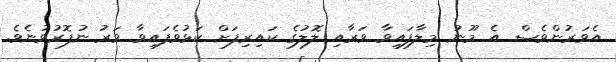
އެވަރުންވެސް އެ މޫނު މިލާފައިވާ ވަރާއި ލޮލުގެ ކައިރިފަށް ކަޅުވެފައިވާ ވަރު ނުފޮރުވުނެވެ.